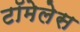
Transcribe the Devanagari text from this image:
टॉमेलेस